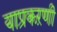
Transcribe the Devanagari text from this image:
याप्रकऱणी